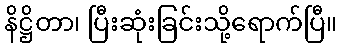
နိဋ္ဌိတာ၊ ပြီးဆုံးခြင်းသို့ရောက်ပြီ။